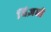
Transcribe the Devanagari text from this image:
विज्ञप्ती